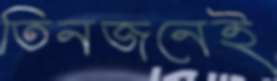
তিনজনেই